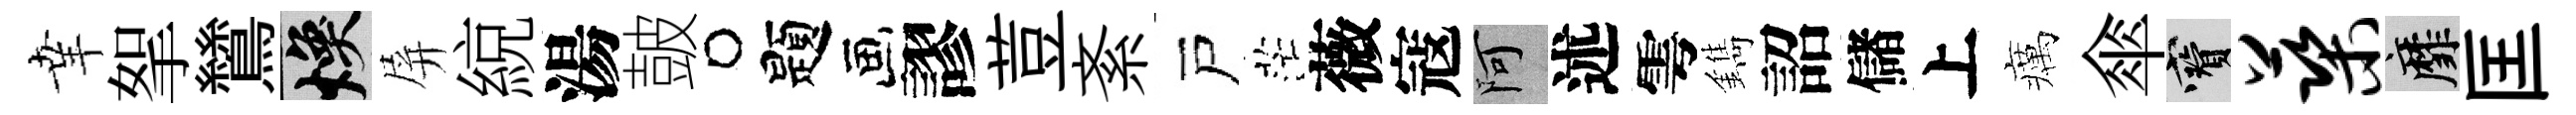
𦍒挐鷥焕屏綂湯皷题謬荳紊戸茫薇寇阿述雩鐫詔儲上癘傘寶蕖靡匡